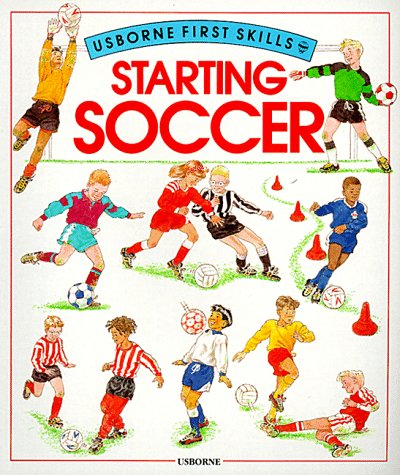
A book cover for Starting Soccer (Usborne First Skills); Helen Edom; Children's Books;